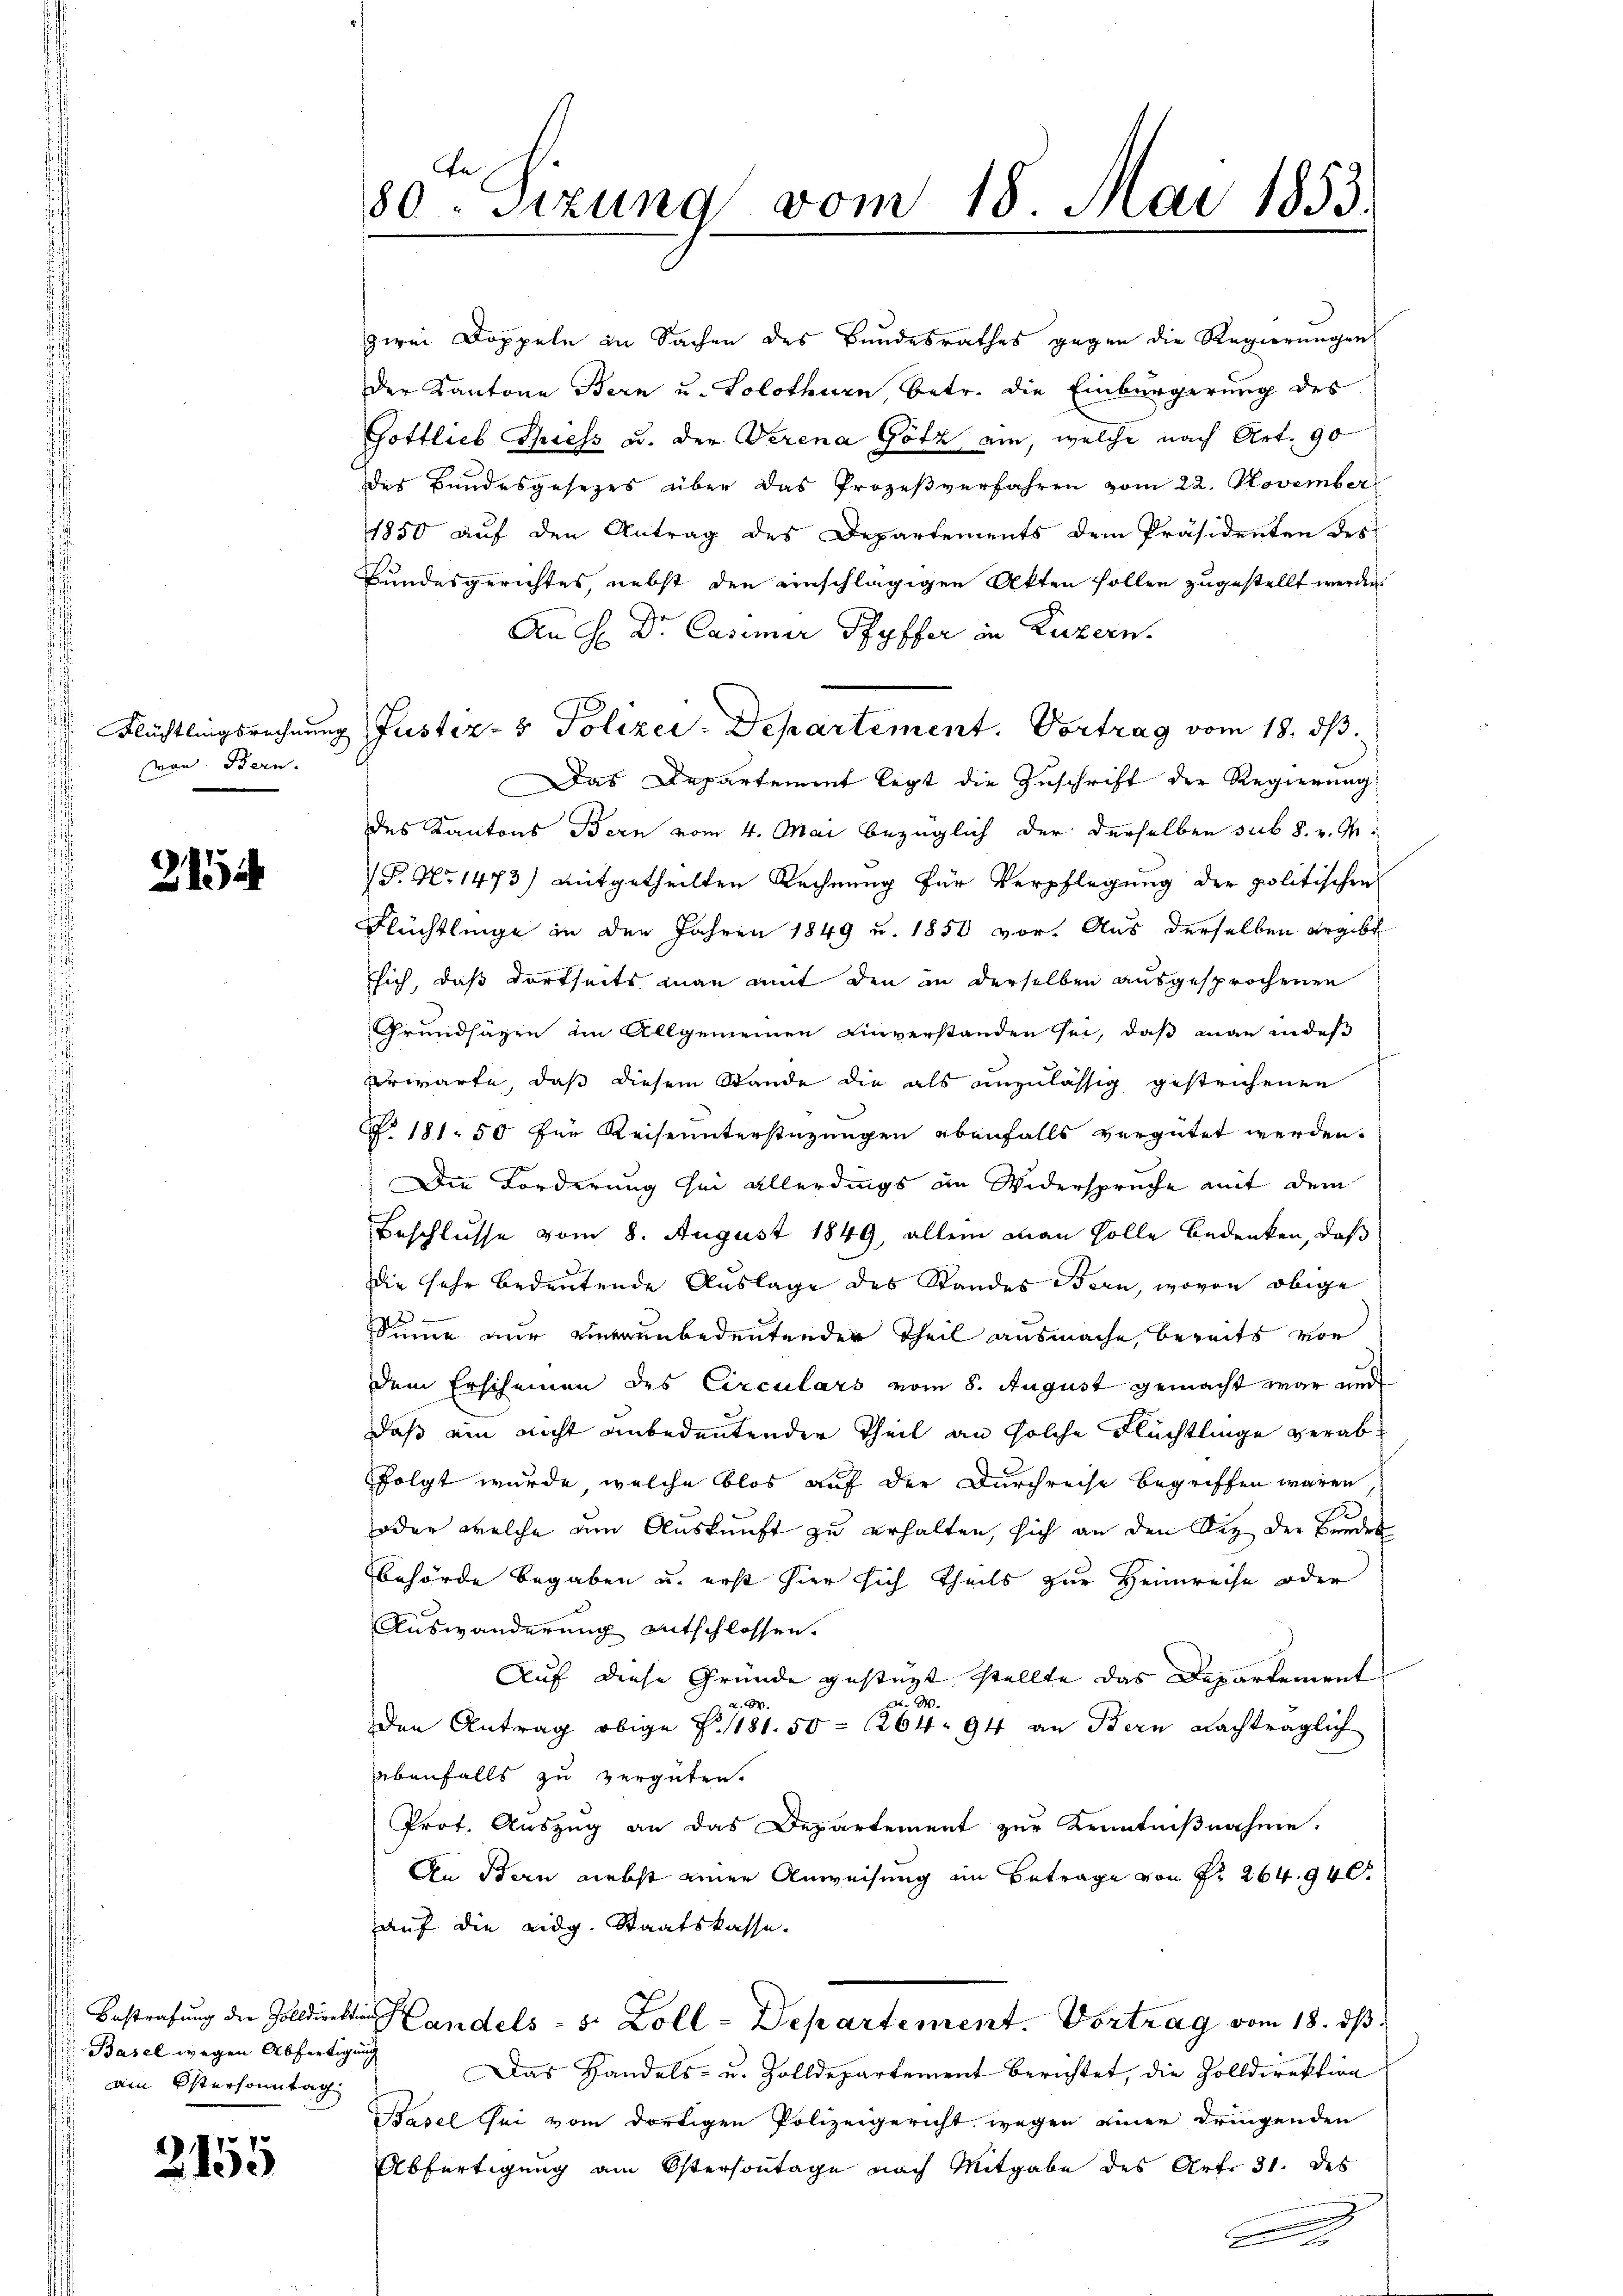
von Bern.

213

Basel wegen Abfertigung
ain Östersonntag

2155

80ten Sizung vom 18. Mai 1853.

zwei Doppeln in Sachen des Bundesrathes gegen die Regierungen
der Kantone Bern u. Solothurn, betr. die Einbürgerung des
Gottlieb hiess u. den Verena Götz an, welche nach Art. 90
des Bundesgesetzes über das Prozeßverfahren vom 22. November
1850 auf den Antrag des Departements dem Präsidenten des
Bundesgerichtes, nebst den einschlägigen Akten sollen zugestellt werden.
An H Dr. Casimir Pfyffer in Luzern.
Flüchtlingsrechnung Justiz- & Polizei-Departement. Vortrag vom 18. ds.
Das Departement legt die Zuschrift der Regierung
des Kantons Bern vom 4. Mai bezüglich der derselben sub 8. v. M.
P. No 1473) mitgetheilten Rechnung für Verpflegung der politischen
Flüchtlinge in den Jahren 1849 u. 1850 vor. Aus derselben ergibt
sich, daß dortseits man mit den in derselben ausgesprochenen
Grundsäzen im Allgemeinen einverstanden sei, daß man in des
Verwarte, daß diesem Stande die als anzulässig gestrichenen
Ao 181. 50 für Reiseunterstüzungen ebenfalls vergütet werden.
Die Forderung sei allerdings in Widerspruche mit dem
Beschlusse vom 8. August 1849, allein man solle Bedenken, daß
die sehr bedeutende Auslage des Standes Bern, wovon obige
Simme nur einerunbedeutenden Theil ausmache, bereits vor
dem Erscheinen des Circulars vom 8. August gemacht war und
daß ein nicht unbedeutender Theil an solche Flüchtlinge verabfolgt wurde, welche blos auf der Durchreise begriffen waren
oder welche um Auskunft zu erhalten, sich an den Sie der Brudes
Behörde begaben u. erst hier sich theils zur Heimreise oder
Auswanderung entschlossen.
Auf diese Gründe gestüzt stellte das Departement
2.
d. M.
den Antrag obige S. 1181. 50. 264. 94 an Bern nachträglich
ebenfalls zu vergüten.
Prot. Auszug an das Departement zur Kenntnißnahme.
An Bern nebst einer Anweisung im Betrage von Fr. 264. 940.
auf die eidg. Staatskasse.
Bestrafung der Zolldirektion andels - 5. Zoll-Departement. Vortrag vom 18. ds.
Das Handels- u. Zolldepartement berichtet, die Zolldirektion
Basel thei vom dortigen Polizeigericht wegen einer dringenden
Abfertigung am Ostersontage nach Mitgabe des Art. 31. des
D